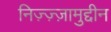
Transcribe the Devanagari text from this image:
निज़्ज़्ज़ामुद्दीन